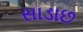
સાડાછ